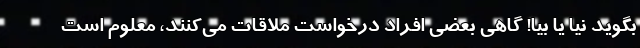
بگوید نیا یا بیا! گاهی بعضی افراد درخواست ملاقات می‌کنند، معلوم است